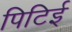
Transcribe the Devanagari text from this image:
पिटिई